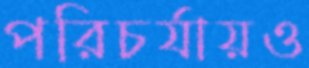
পরিচর্যায়ও